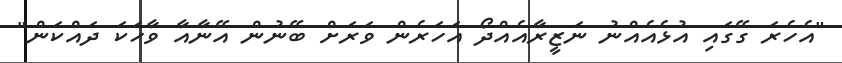
"އެހެރަ ގޭގައި އުޅެއެއްނު ނަޒީރާއެއްދޯ އަހަރެން ވަރަށް ބޭނުން އޭނާއާ ވާހަކަ ދައްކަން"